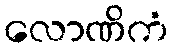
လောဏိကံ